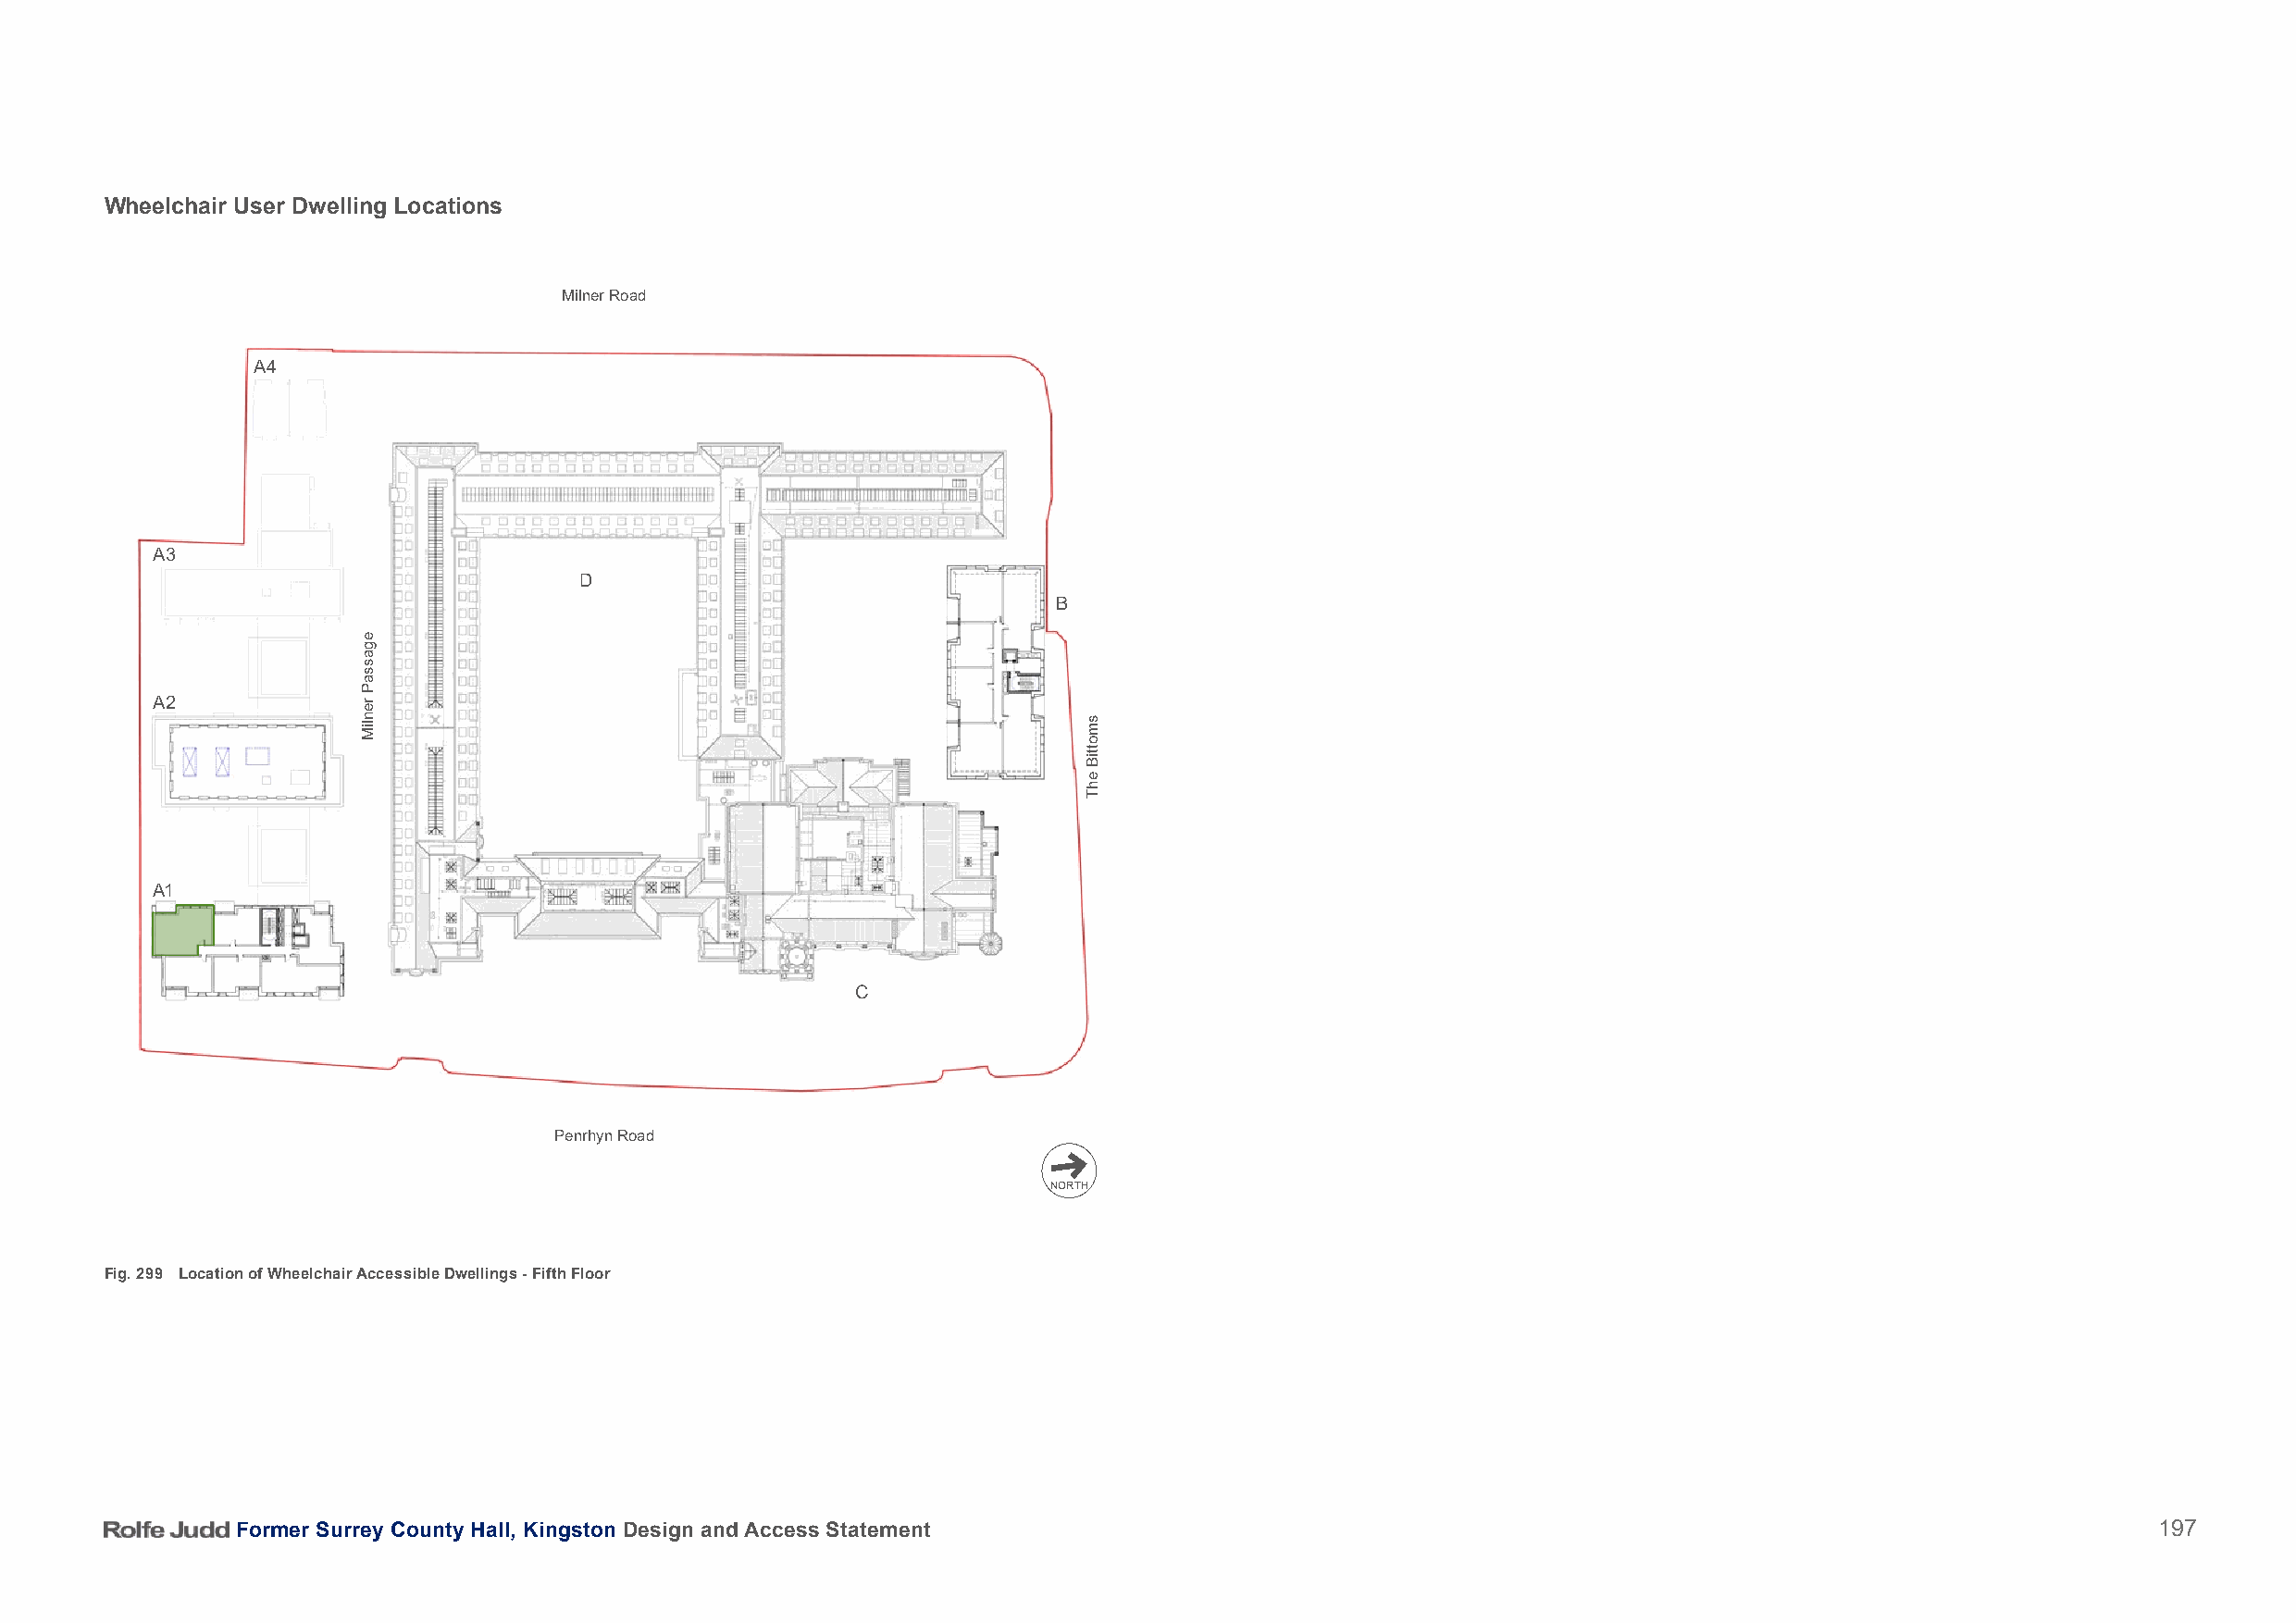
Wheelchair User Dwelling Locations
 Milner Road
 A4
 A3
 D
 B                                                                           B
 A2
 A1
 C
 Penrhyn Road
 NORTH
 Fig. 299 Location of Wheelchair Accessible Dwellings - Fifth Floor
 Former Surrey County Hall, Kingston Design and Access Statement                                                                          197
 egassaP
 renliM
 smottiB
 ehT